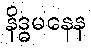
နိဒ္ဓမနေန